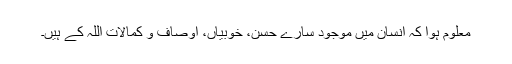
معلوم ہوا کہ انسان میں موجود سارے حُسن، خوبیاں، اوصاف و کمالات اللہ کے ہیں۔